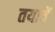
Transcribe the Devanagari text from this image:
तयाचें